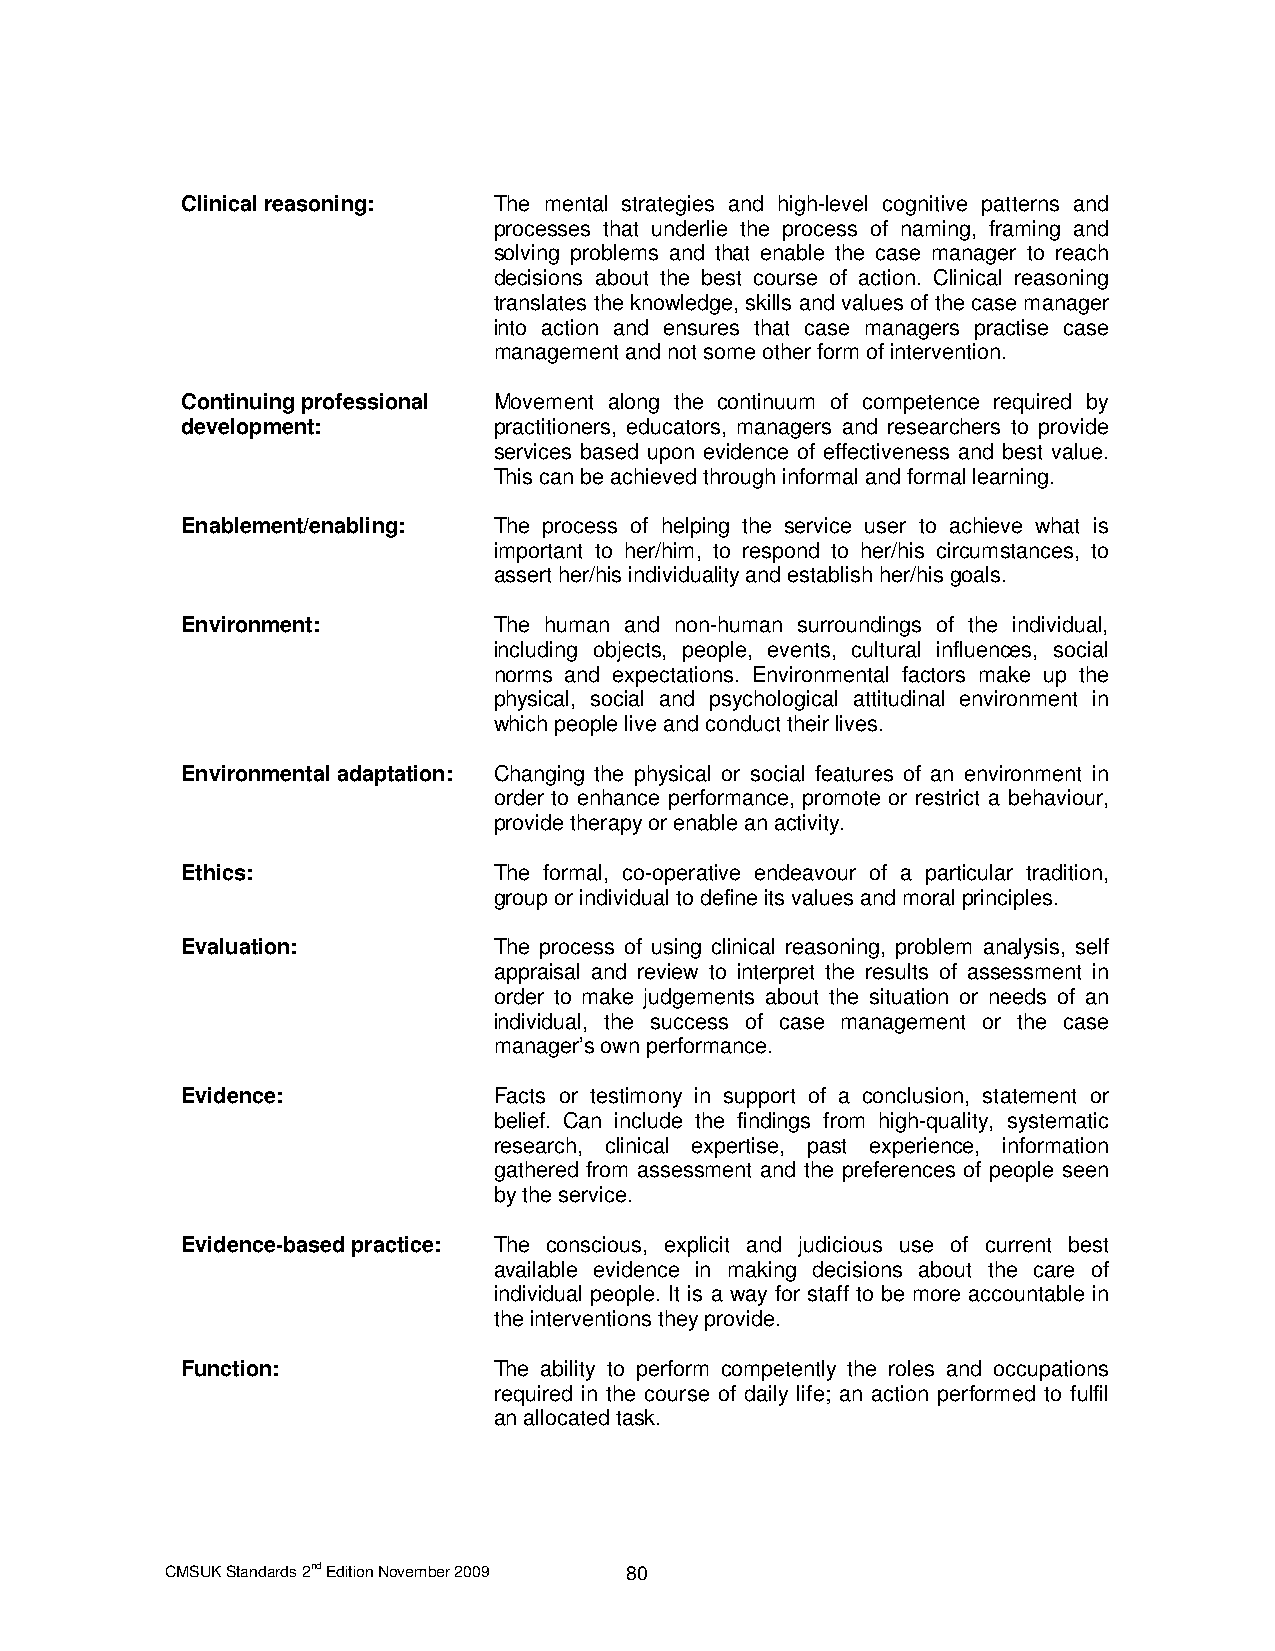
Clinical reasoning:  The mental strategies and high-level cognitive patterns and
 processes that underlie the process of naming, framing and
 solving problems and that enable the case manager to reach
 decisions about the best course of action. Clinical reasoning
 translates the knowledge, skills and values of the case manager
 into action and ensures that case managers practise case
 management and not some other form of intervention.
 Continuing professional Movement along the continuum of competence required by
 development:         practitioners, educators, managers and researchers to provide
 services based upon evidence of effectiveness and best value.
 This can be achieved through informal and formal learning.
 Enablement/enabling: The process of helping the service user to achieve what is
 important to her/him, to respond to her/his circumstances, to
 assert her/his individuality and establish her/his goals.
 Environment:         The human and non-human surroundings of the individual,
 including objects, people, events, cultural influences, social
 norms and expectations. Environmental factors make up the
 physical, social and psychological attitudinal environment in
 which people live and conduct their lives.
 Environmental adaptation: Changing the physical or social features of an environment in
 order to enhance performance, promote or restrict a behaviour,
 provide therapy or enable an activity.
 Ethics:              The formal, co-operative endeavour of a particular tradition,
 group or individual to define its values and moral principles.
 Evaluation:          The process of using clinical reasoning, problem analysis, self
 appraisal and review to interpret the results of assessment in
 order to make judgements about the situation or needs of an
 individual, the success of case management or the case
 manager’s own performance.
 Evidence:            Facts or testimony in support of a conclusion, statement or
 belief. Can include the findings from high-quality, systematic
 research, clinical expertise, past experience, information
 gathered from assessment and the preferences of people seen
 by the service.
 Evidence-based practice: The conscious, explicit and judicious use of current best
 available evidence in making decisions about the care of
 individual people. It is a way for staff to be more accountable in
 the interventions they provide.
 Function:            The ability to perform competently the roles and occupations
 required in the course of daily life; an action performed to fulfil
 an allocated task.
 CMSUK Standards 2nd Edition November 2009 80